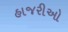
હાજરીઓ